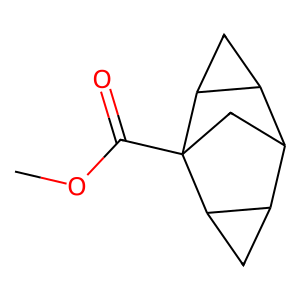
SMILES: COC(=O)C12CC(C3CC31)C1CC12
Inhibits HIV replication: No